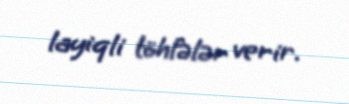
layiqli töhfələr verir.